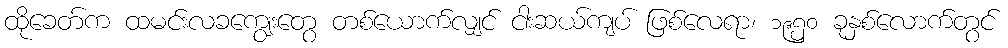
ထိုခေတ်က ထမင်းလခကျွေးတွေ တစ်ယောက်လျှင် ငါးဆယ်ကျပ် ဖြစ်လေရာ၊ ၁၉၅၀ ခုနှစ်လောက်တွင်